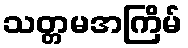
သတ္တမအကြိမ်